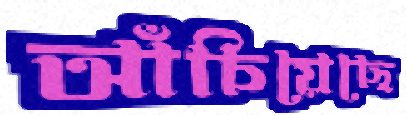
আঁচিয়েছে